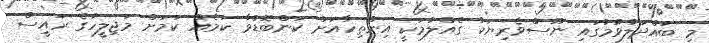
މި ބައްދަލުވުމުގައި ނޫސްވެރިޔަކު ގެއްލުމަކީ އިންތިހާއަށް ކަންބޮޑުވާ ކަމެއް ކަމަށް މަޖިލީހުގެ ރައީސް